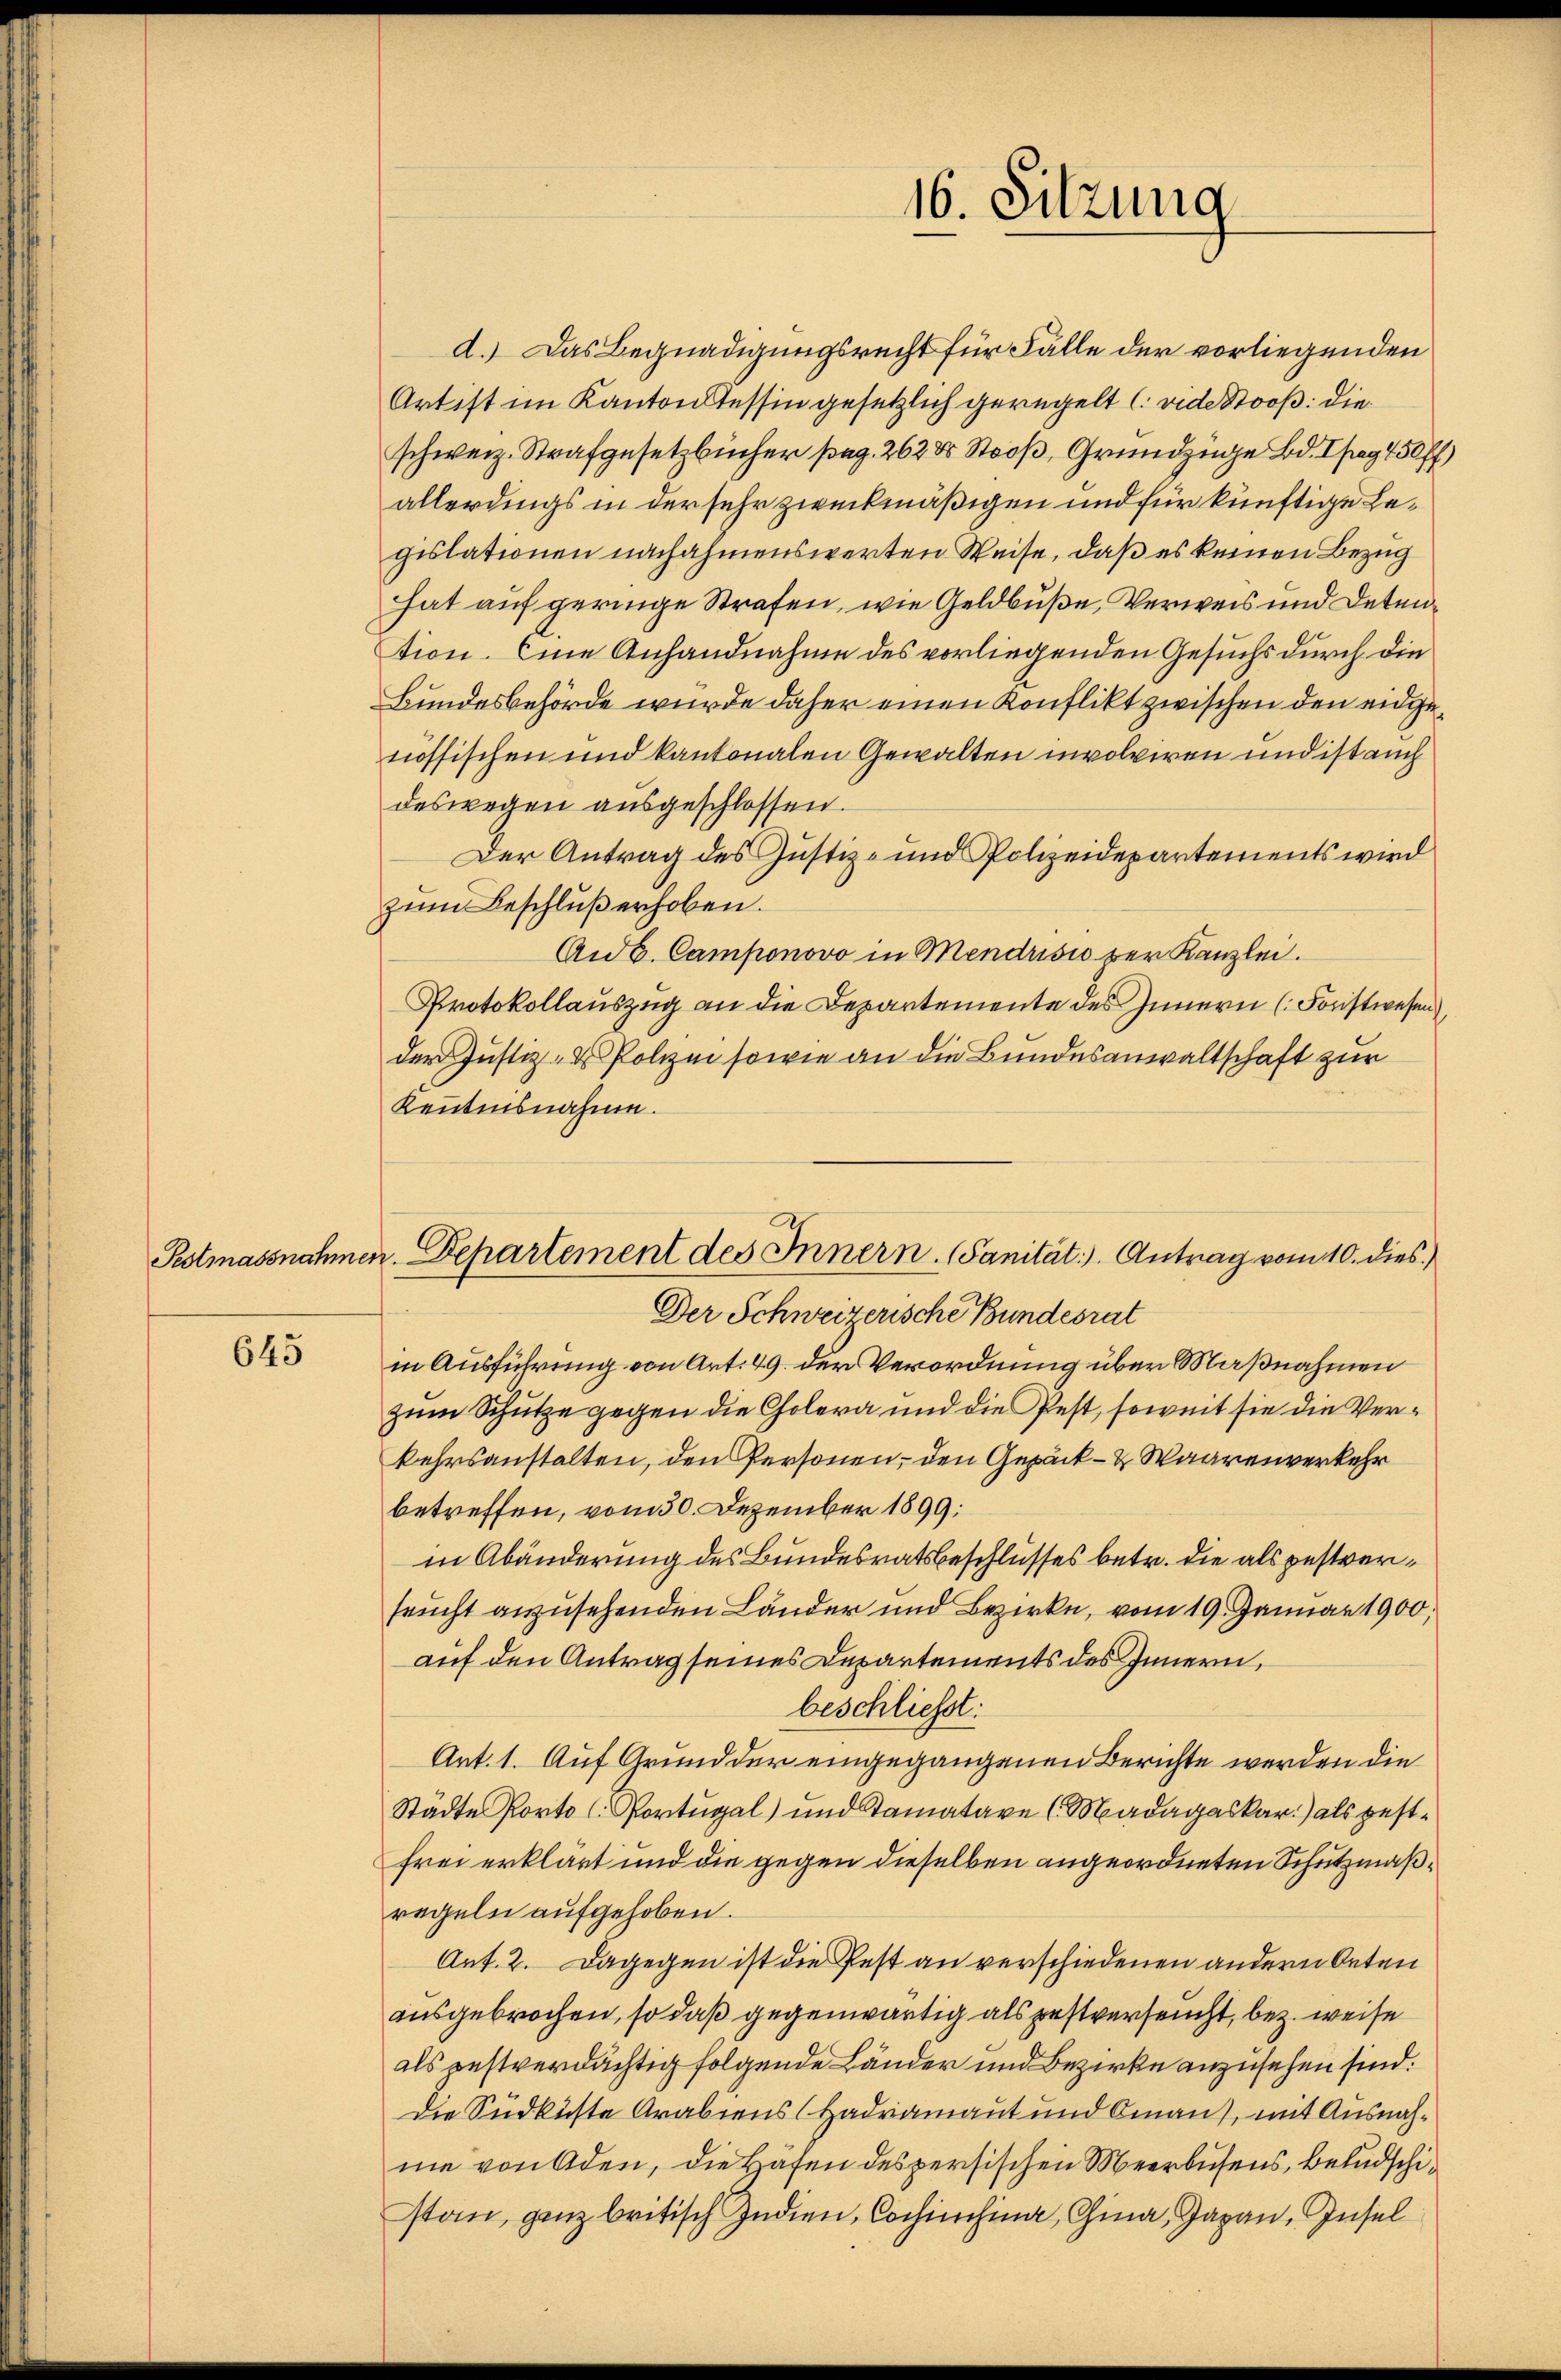
645

d.) Das Begnadigungsrecht für Fälle der vorliegenden
Artist im Kantons Tessin gesetzlich geregelt (vide Stoos: die
schweiz. Strafgesetzbücher pag. 262 x Stooß, Grundzüge Bd. pag 150 ff
allerdings in der sehr zweckmäßigen und für künftige Legislationen nachahmenswerten Weise, daß es keinen Bezug
hat auf geringe Strafen, wie Geldbuße, Verweis und Detention. Eine Anhandnahme des vorliegenden Gesuchs durch die
Bundesbehörde wurde daher einen Konflikt zwischen den eidgenössischen und kantonalen Gewalten involviren und ist auch
deswegen ausgeschlossen.
Der Antrag des Justiz- und Polizeidepartements wird
zŭm Beschluß erhoben.
Aub. Camponovo in Mendrisis zur Kanzlei.
Protokollauszug an die Departemente des Innern (Forstwesen
der Justiz- & Polizei sowie an die Bundesanwaltschaft zur
Kenntnisnahme.
Der Schweizerische Bundesrat
in Ausführung von Art. 49. der Verordnung über Maßnahmen
zum Schütze gegen die Cholera und die Pest, soweit sie die Verkehrsanstalten, den Personen, den Gepäck - & Waarenverkehr
betreffen, vom 30. Dezember 1899:
in Abänderung des Bundesratsbeschlusses betr. die als pestverfeucht anzusehenden Länder und Bezirke, vom 19. Januar 1900,
auf den Antrag seines Departements des Innern,
beschließt:
Art. 1. Auf Grund der eingegangenen Berichte werden die
Städte Porto (Portugal) und Samatare (Madagaskar.) als gestfrei erklärt und die gegen dieselben angeordneten Schutzmaßregeln aufgehoben.
Art. 2. Dagegen ist die Pest an verschiedenen andern Orten
ausgebrochen, so daß gegenwärtig als gestverseucht, bez. weise
als pestverdächtig folgende Länder und Bezirke anzusehen sind.
Die Südküste Arabiens (Hadriamant und Oman), mit Ausnahme von Aden, die Häfen des persischen Meerbusens, beludschistan, ganz britisch Zudien, Cochiechina, China, Garan, Insel

16. Sitzung

Peotmassnahmen. Departement des Innern. (Sanität. Antrag vom 10. dies